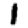
Digit: 1